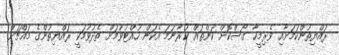
ރައްޔިތުންކަމަށާއި ވެރިމީހާ ގޯސްކޮށް ކަންތައް ކުރާނަމަ އެކަން ހުއްޓުވުމަށް ތެދުވުމަކީ ރައްޔިތުންގެ މައްޗަށް